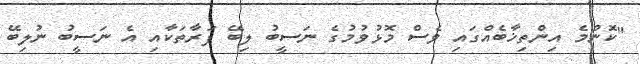
"ކޮންމެ އިންތިޚާބެއްގައި ވެސް މޮޅުވުމުގެ ނަސީބު ލިބޭ ފަރާތަކާއި އެ ނަސީބު ނުލިބޭ